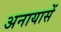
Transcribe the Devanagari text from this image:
अनायासें